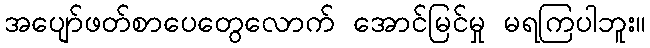
အပျော်ဖတ်စာပေတွေလောက် အောင်မြင်မှု မရကြပါဘူး။